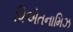
વિએતનામિઝ